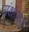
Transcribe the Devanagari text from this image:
ग्रंथागारों